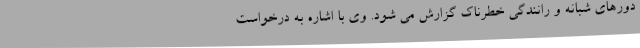
دورهای شبانه و رانندگی خطرناک گزارش می شود. وی با اشاره به درخواست